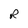
Character: R